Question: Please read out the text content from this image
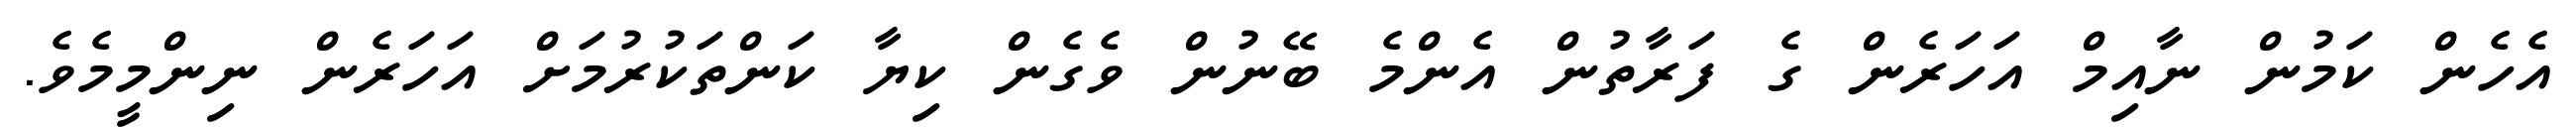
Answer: އެހެން ކަމުން ނާއިމް އަހަރެން ގެ ފަރާތުން އެންމެ ބޭނުން ވެގެން ކިޔާ ކަންތަކުރުމަށް އަހަރެން ނިންމީމެވެ.